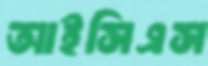
আইসিএস